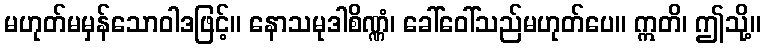
မဟုတ်မမှန်သောဝါဒဖြင့်။ နောသမုဒါစိဏ္ဏံ၊ ခေါ်ဝေါ်သည်မဟုတ်ပေ။ ဣတိ၊ ဤသို့။